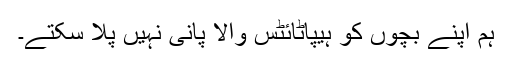
ہم اپنے بچوں کو ہیپاٹائٹس والا پانی نہیں پلا سکتے۔